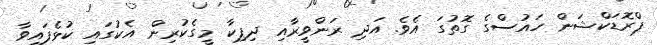
ޕްރޮޑަކްޝަން ހައުސްގެ ގޮތުގަ އެވެ. އަދި ރަންވީރާއި ދިޕިކާ މީގެކުރިން އެކުގައި ކުޅެފައިވާ